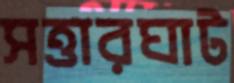
সত্তারঘাট